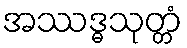
အဿဒ္ဓသုတ္တံ